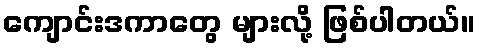
ကျောင်းဒကာတွေ များလို့ ဖြစ်ပါတယ်။